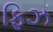
ફિઝ